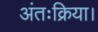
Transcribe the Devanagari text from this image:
अंतःक्रिया।